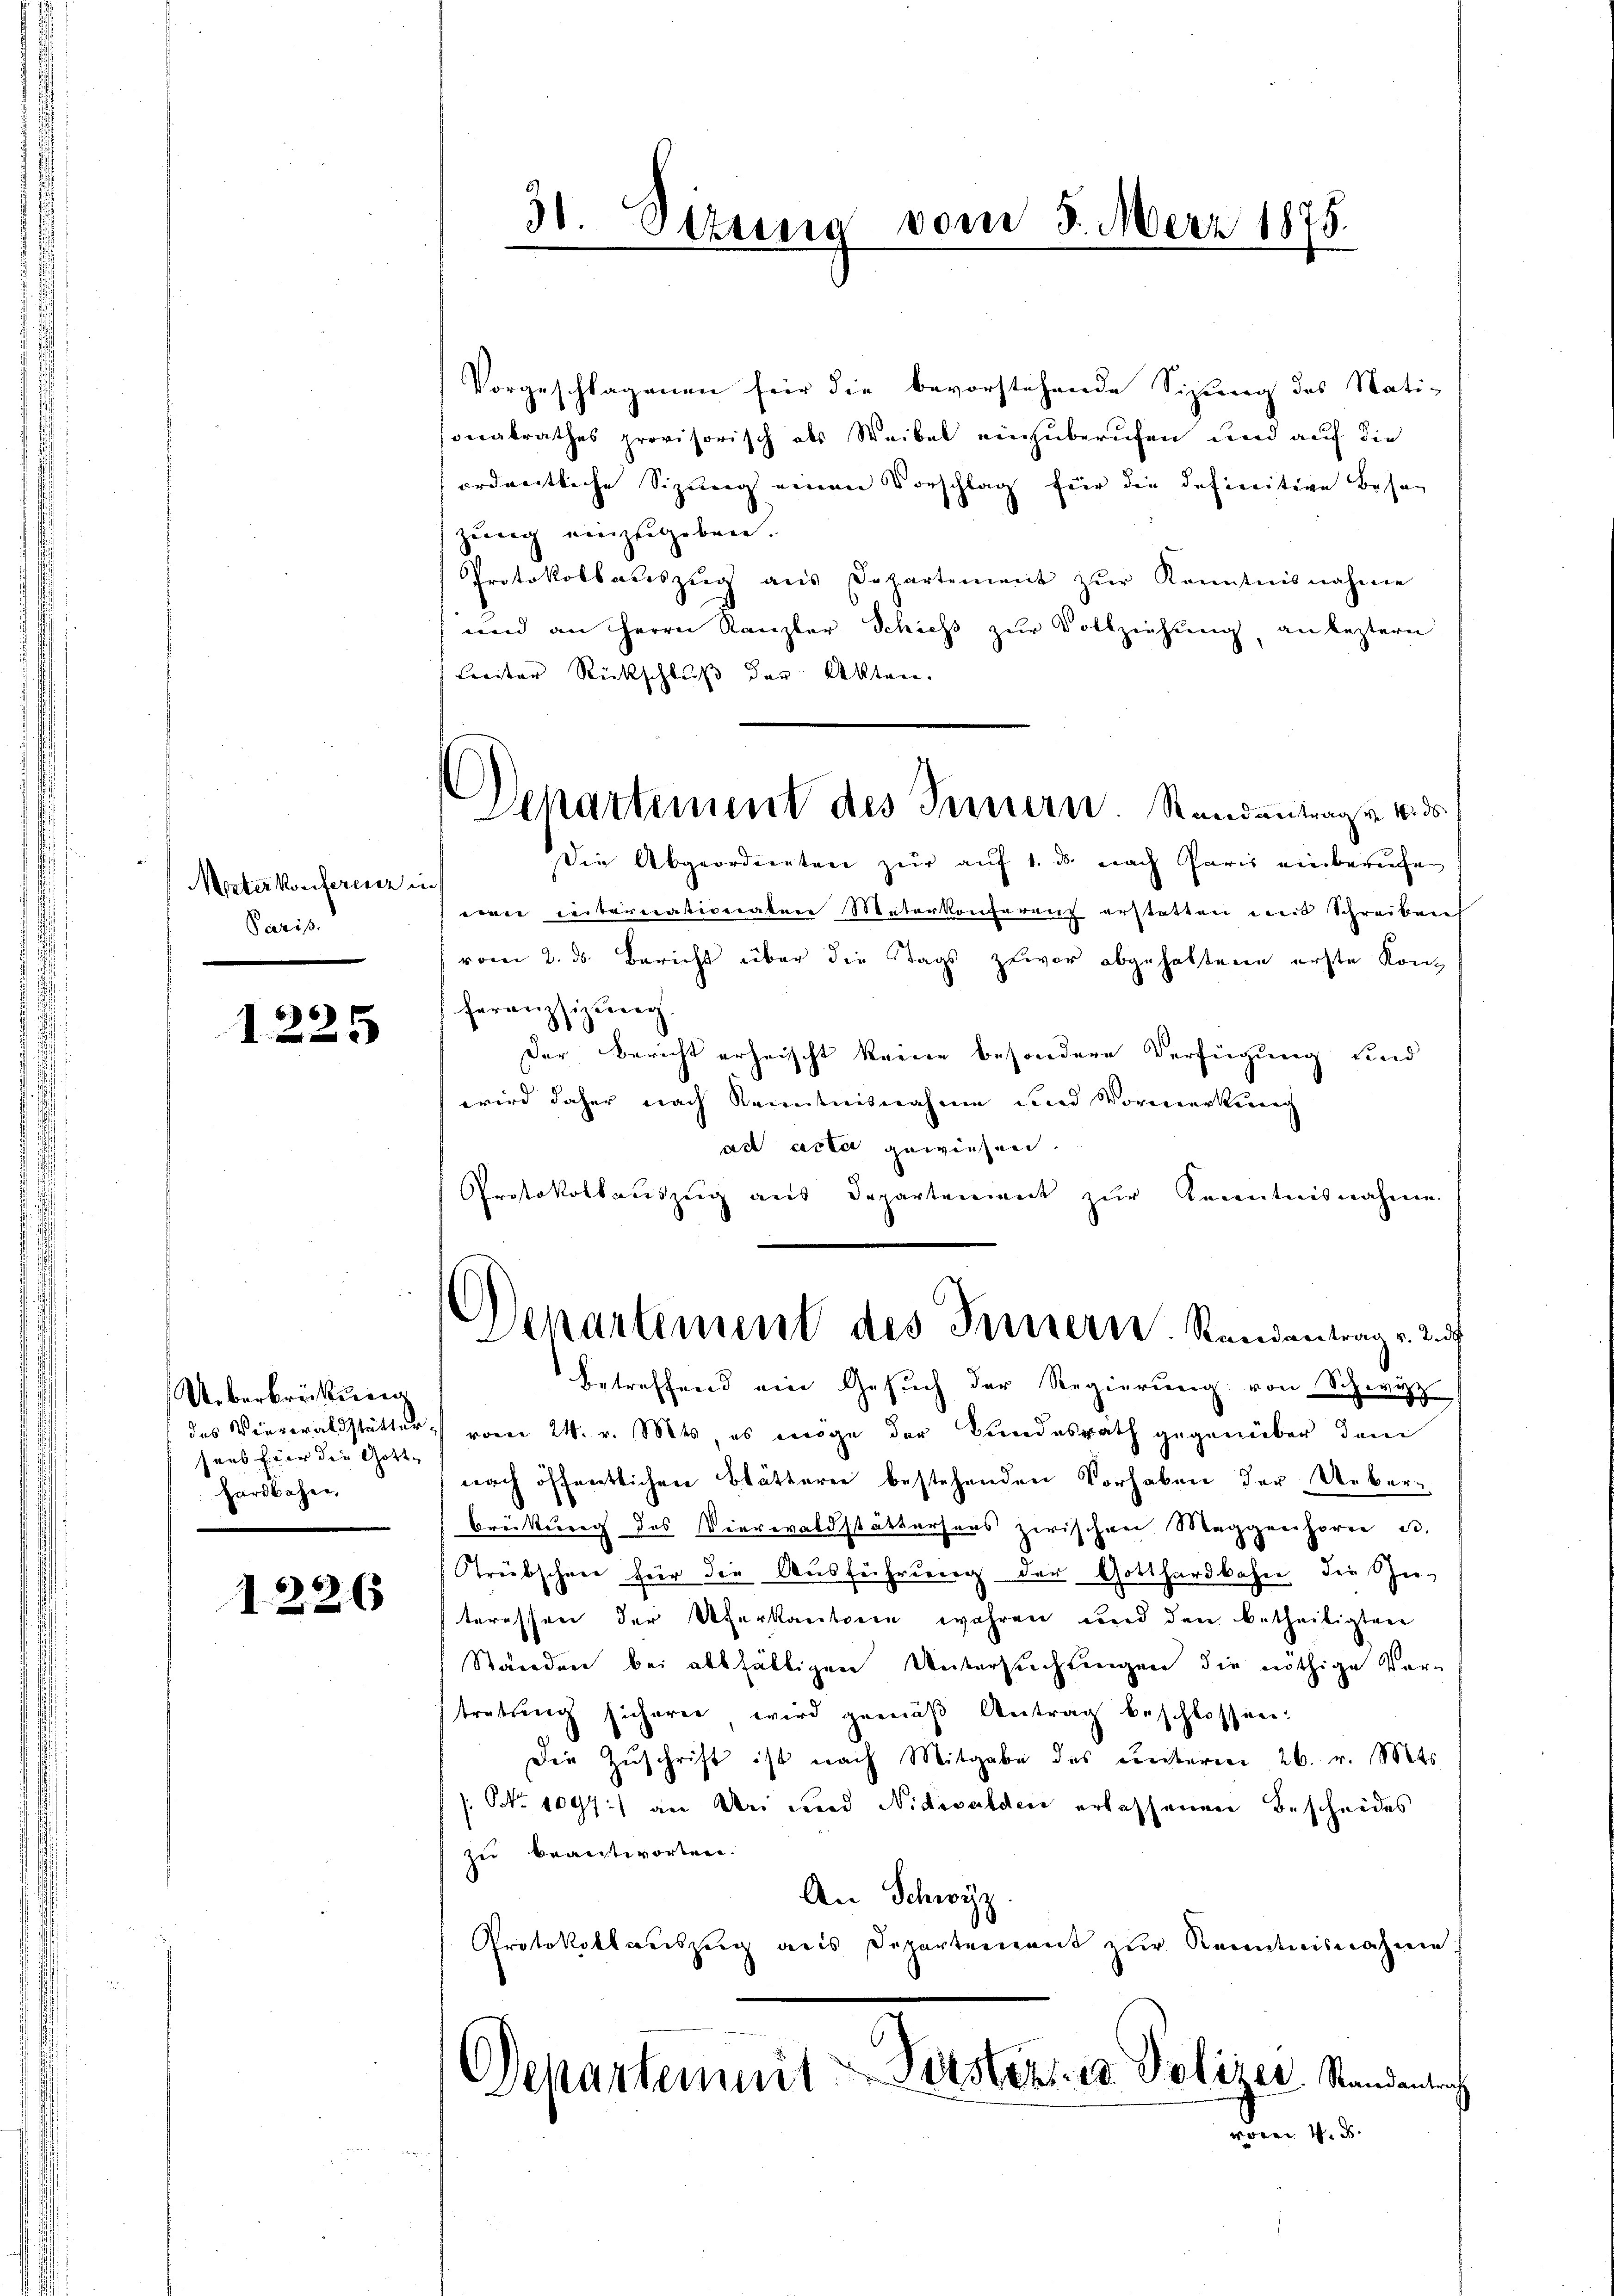
Misterkonferenz in
Paris.

1225

Ueberbrechtung
sers fier die Gott-
hardbahne,

1226

30. Situng vom 3. März 1875.

Vorgeschlagenen für die bevorstehende Sizung des Nati-
sonalrathes provisorisch als Weibel einzuberufen und auf die
ordnetliche Sizung einen Vorschlag für die definitive Besag
zŭng einzugeben.
Protokoll aŭszŭg ans Dopartement zŭr Kenntnisnahme
und an Herrn Kanzler Schiess zur Vollziehung, an leztern
Leiter Rückschluß der Akten.
Die Abgeordneten zur auf 1. ds nach Paris einberiefe
eie Leibernationaten Materkonferenz erstatten werd Schreiben
vom 2. ds. Bericht über die Stags zuvor abgehaltene erste Konz
feranzsizung
Der Bericht erheischt keine besondere Verfügung und
wird daher nach Kenntnisnahme und Vormerkung
ad acter gewiesen.
Protokollauszug aus Departement zur Kenntnisnahme
Departement des Fernern. Randantrag v. 2. 5
betreffend ein Gesuch der Regierung von Schwyz
das Viereraldstätter vom 24. v. Mts, es möge der Bundesrath gegenüber dem
nach öffentlichen Blätteren bestehenden Vorhaben der Ueber¬
Breitung des Vierwaldstättersaus zwischen Maggenhorne u.
Streibschnee für die Ausführung der Gotthardbahn, die Zuteressen der Uferkantonie wahren und den betheiligten
Standen bei allfälligen Untersuchungen die nöthige Ver-
tretung sicherer wird gemäβ Antrag beschlossen:
Die Zŭschrift ist nach Mitgabe des unterm 26. v. Mts.
: No 1097.) an Bei und Nidwalden erlassenen Bescheides
zu beantworten.
An Schwyz.
Protokollauszug aus Departement zur Kenntnisnahme
Departen mit Vorstenz in Polizei Standenteng
vom 4. d.

Departement des Innern. Randantrag von 4. ds